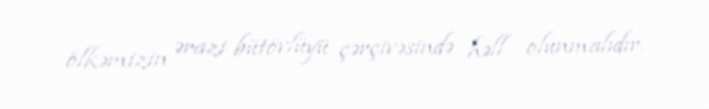
ölkəmizin ərazi bütövlüyü çərçivəsində həll olunmalıdır.